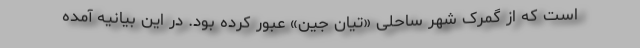
است که از گمرک شهر ساحلی «تیان جین» عبور کرده بود. در این بیانیه آمده